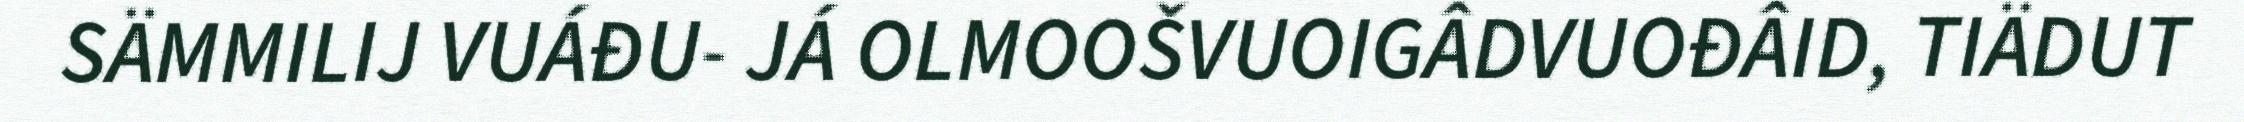
SÄMMILIJ VUÁĐU- JÁ OLMOOŠVUOIGÂDVUOĐÂID, TIÄDUT